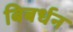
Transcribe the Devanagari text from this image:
बिबर्धन